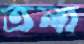
তলা